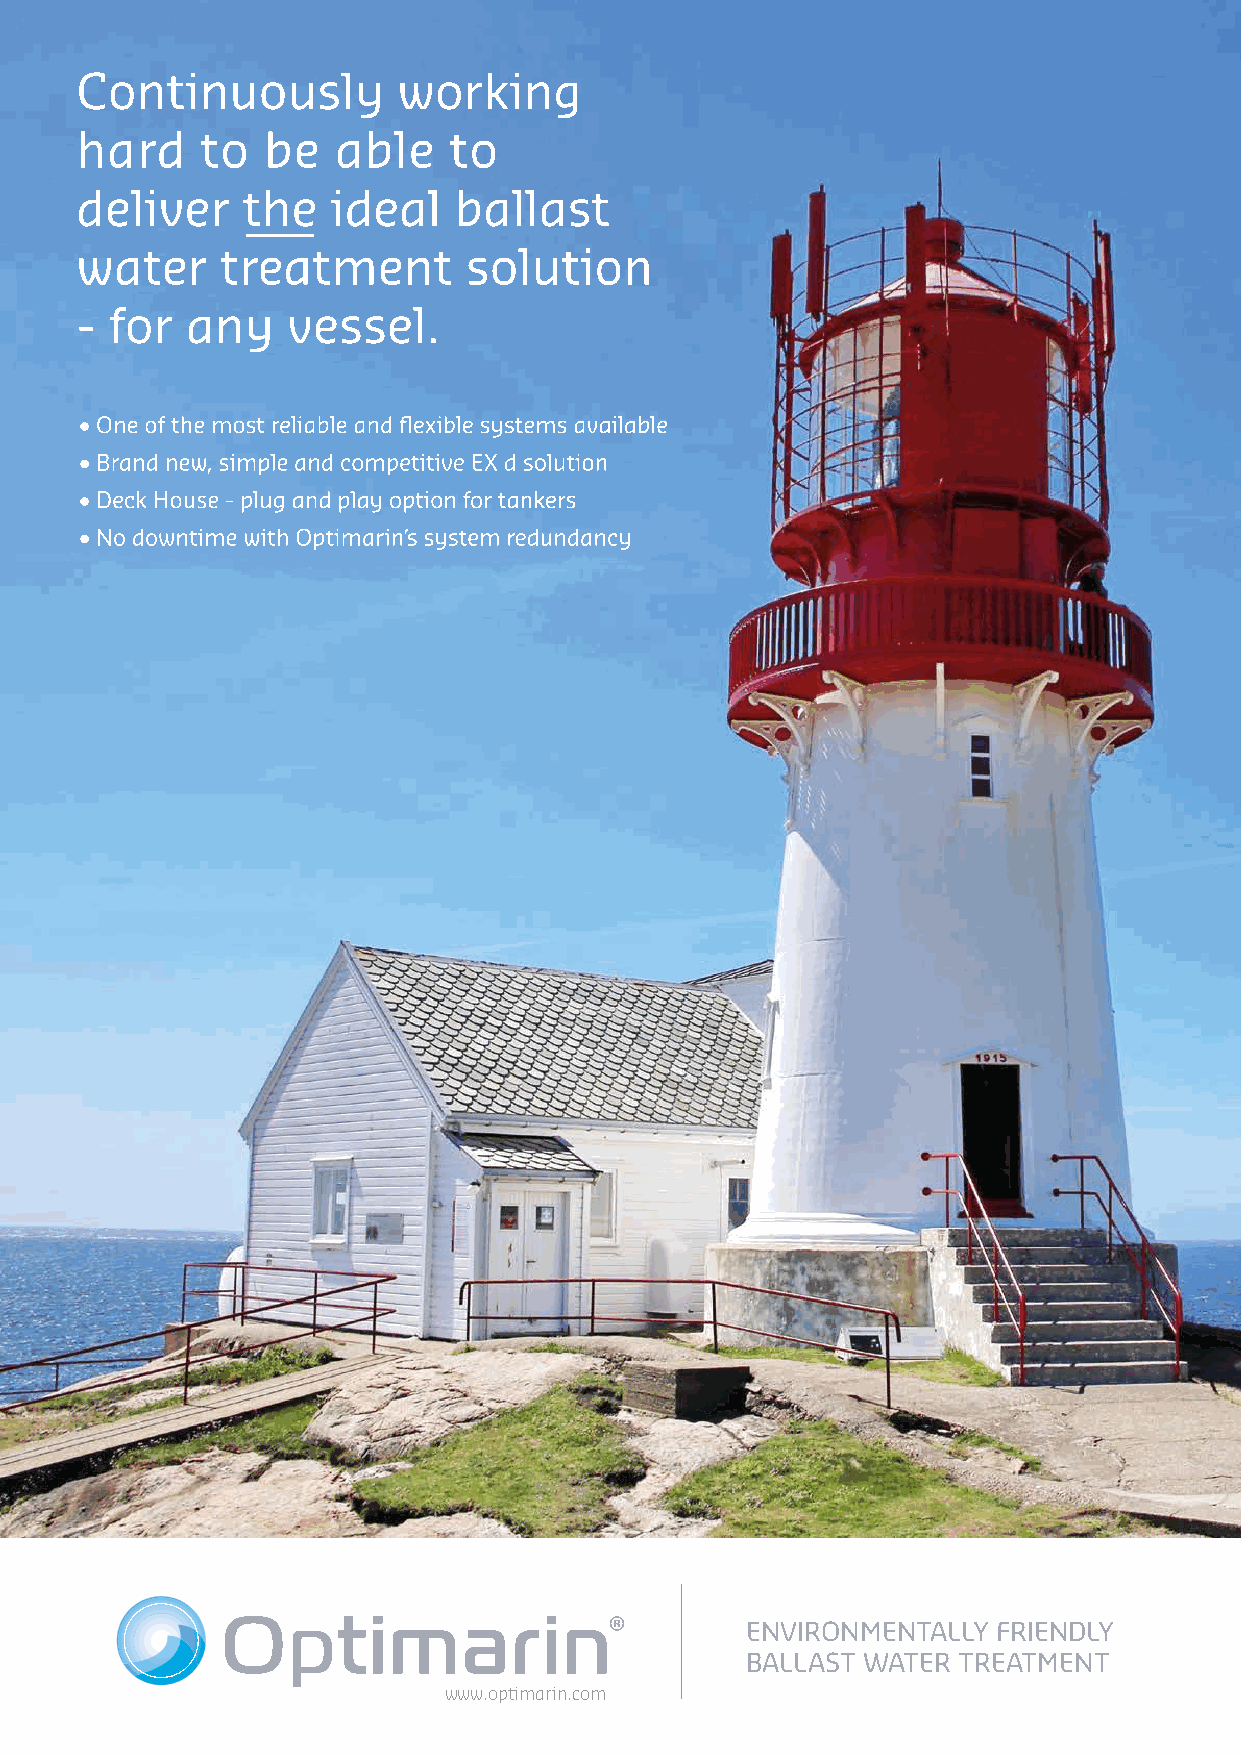
BALLAST  / OPERATIONS
 VI    GRATULERER
 SKIPSREVYEN
 MED         JUBILEET!
 Optimarin      har  levert
 ballastrensesystemer          til
 nasjonal     og  internasjonal
 skipsfart   siden    2009.
 ENVIRONMENTALLY  FRIENDLY
 December 2021 l TANKEROperator               BALLAST WATER TREATMENT
 9
 www.optimarin.com